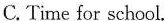
C. Time for school.